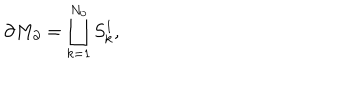
\partial M _ { \partial } = \bigsqcup _ { k = 1 } ^ { N _ { 0 } } S _ { k } ^ { 1 } ,